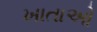
ખાતાઓ